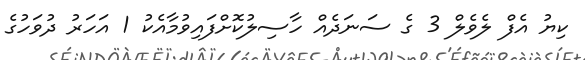
ކިޔު އެފް ލެވެލް 3 ގެ ސަނަދެއް ހާސިލުކޮށްފައިވުމާއެކު 1 އަހަރު ދުވަހުގެ